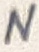
Text: N